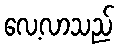
လေ့လာသည်